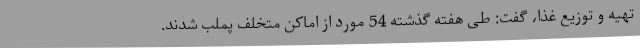
تهیه و توزیع غذا، گفت: طی هفته گذشته 54 مورد از اماکن متخلف پملب شدند.